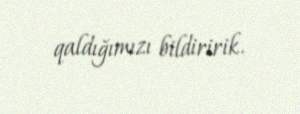
qaldığımızı bildiririk.